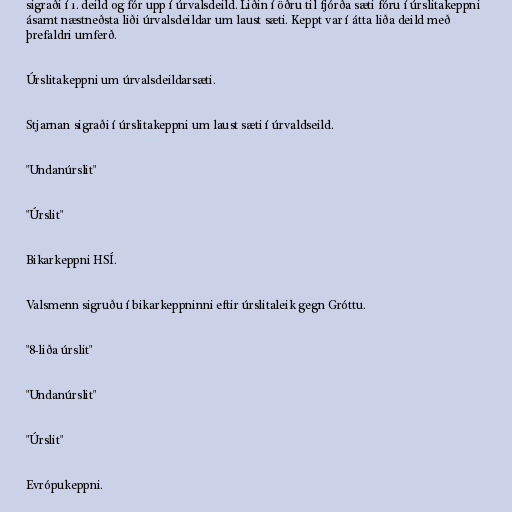
sigraði í 1. deild og fór upp í úrvalsdeild. Liðin í öðru til fjórða sæti fóru í úrslitakeppni
ásamt næstneðsta liði úrvalsdeildar um laust sæti. Keppt var í átta liða deild með
þrefaldri umferð.

Úrslitakeppni um úrvalsdeildarsæti.

Stjarnan sigraði í úrslitakeppni um laust sæti í úrvaldseild.

"Undanúrslit"

"Úrslit"

Bikarkeppni HSÍ.

Valsmenn sigruðu í bikarkeppninni eftir úrslitaleik gegn Gróttu.

"8-liða úrslit"

"Undanúrslit"

"Úrslit"

Evrópukeppni.